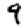
Digit: 9